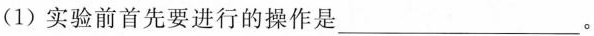
(1)实验前首先要进行的操作是___。